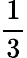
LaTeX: \frac{1}{3}